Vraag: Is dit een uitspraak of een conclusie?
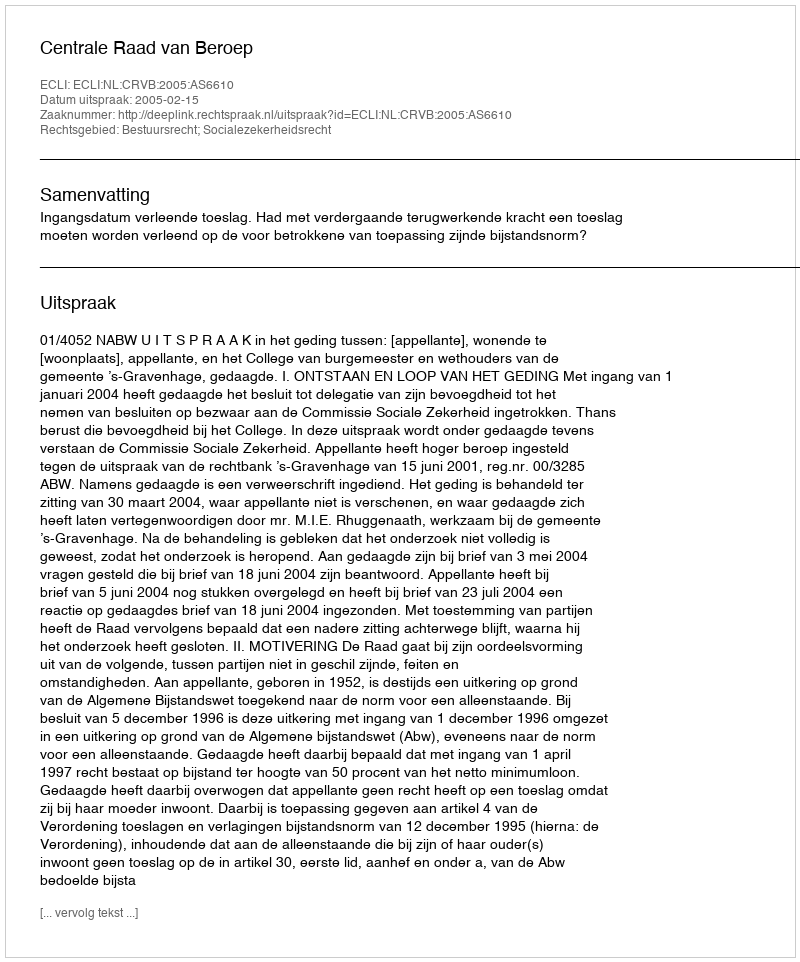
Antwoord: Uitspraak